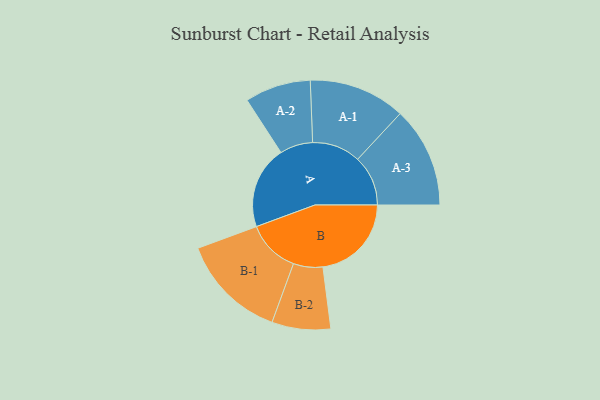
{"axis": {"x": "Segment", "y": "Value"}, "legend": ["", "A", "B"], "data": [{"x": "A", "y": 414, "type": ""}, {"x": "B", "y": 443, "type": ""}, {"x": "A-1", "y": 242, "type": "A"}, {"x": "A-2", "y": 165, "type": "A"}, {"x": "A-3", "y": 252, "type": "A"}, {"x": "B-1", "y": 266, "type": "B"}, {"x": "B-2", "y": 147, "type": "B"}]}